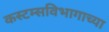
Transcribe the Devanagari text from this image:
कस्टम्सविभागाच्या